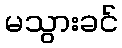
မသွားခင်